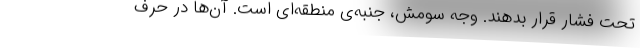
تحت فشار قرار بدهند. وجه سومش، جنبه‌ی منطقه‌ای است. آن‌ها در حرف‌